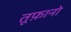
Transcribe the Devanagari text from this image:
तूफ़ानो